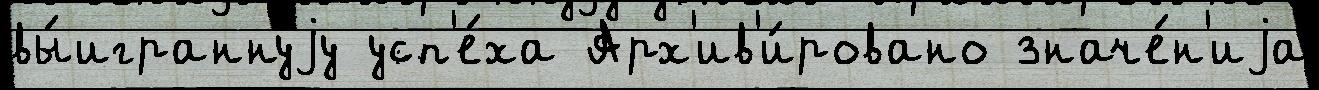
вы́играннуjу усп'е́ха Арх'ив'и́ровано значе́н'иjа